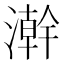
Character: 澣